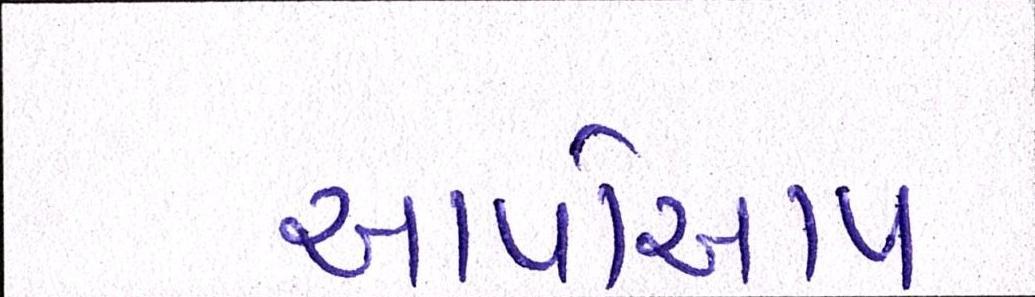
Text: આપોઆપ